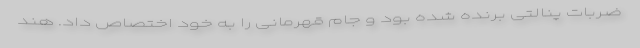
ضربات پنالتی برنده شده بود و جام قهرمانی را به خود اختصاص داد. هند